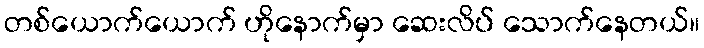
တစ်ယောက်ယောက် ဟိုနောက်မှာ ဆေးလိပ် သောက်နေတယ်။